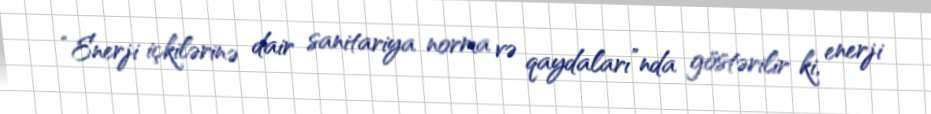
“Enerji içkilərinə dair sanitariya norma və qaydaları”nda göstərilir ki, enerji